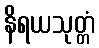
နိရယသုတ္တံ